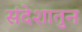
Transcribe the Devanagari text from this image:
संदेशातुन